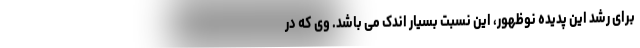
برای رشد این پدیده نوظهور، این نسبت بسیار اندک می باشد. وی که در